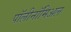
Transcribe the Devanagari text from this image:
पॉलीनॉमिअल